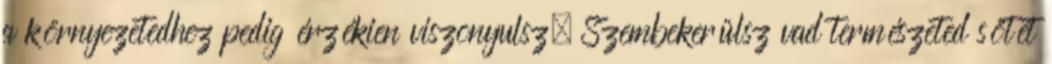
a környezetedhez pedig érzékien viszonyulsz. Szembekerülsz vad természeted sötét